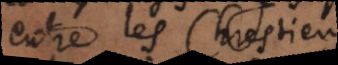
entre les Chrestiens.